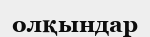
олқындар